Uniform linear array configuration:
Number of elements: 16
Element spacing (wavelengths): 0.5
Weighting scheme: hamming
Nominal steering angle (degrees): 60
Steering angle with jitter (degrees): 58.74
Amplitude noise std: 0.05
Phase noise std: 0.05

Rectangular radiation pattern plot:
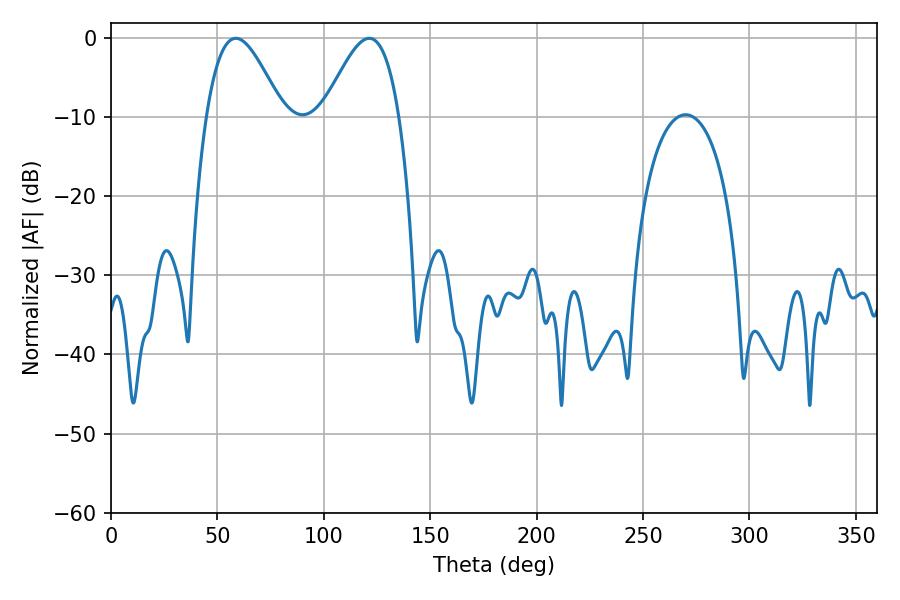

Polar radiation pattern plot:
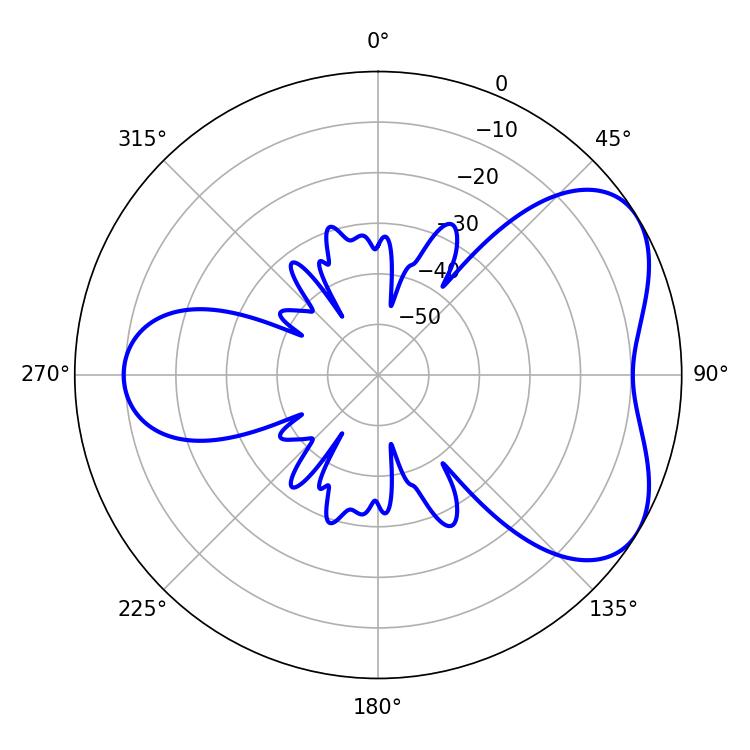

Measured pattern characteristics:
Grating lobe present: FALSE
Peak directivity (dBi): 5.081
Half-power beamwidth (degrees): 19.26
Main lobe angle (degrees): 58.68